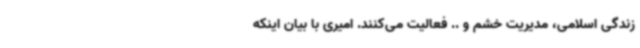
زندگی اسلامی، مدیریت خشم و .. فعالیت می‌کنند. امیری با بیان اینکه